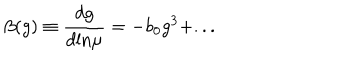
\beta ( g ) \equiv \frac { d g } { d \mathrm { l n } \mu } = - b _ { 0 } g ^ { 3 } + . . .